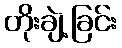
တိုးချဲ့ခြင်း